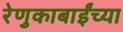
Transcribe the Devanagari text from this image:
रेणुकाबाईंच्या